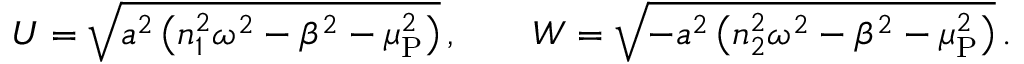
U = \sqrt { a ^ { 2 } \left( n _ { 1 } ^ { 2 } \omega ^ { 2 } - \beta ^ { 2 } - \mu _ { \mathrm { P } } ^ { 2 } \right) } \, , \qquad W = \sqrt { - a ^ { 2 } \left( n _ { 2 } ^ { 2 } \omega ^ { 2 } - \beta ^ { 2 } - \mu _ { \mathrm { P } } ^ { 2 } \right) } \, .